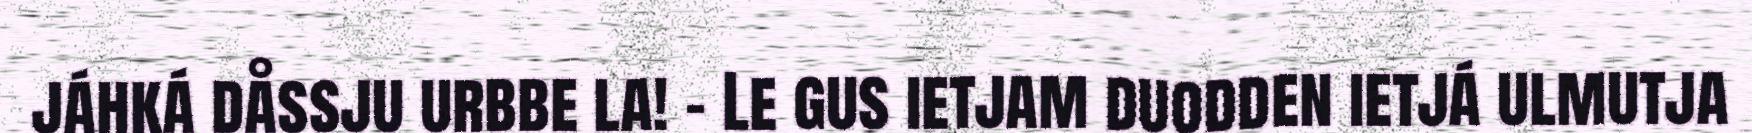
jáhká dåssju urbbe la! – Le gus ietjam duodden ietjá ulmutja